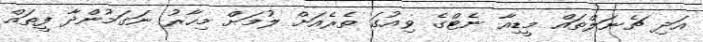
އަދި ޗެނަލްތައް މީޑިއާ ނެޓްގެ ވިއުގަ ތެރެއަށް ލުމަށް މިހާރު ނަގަމުންދާ ފީތައް